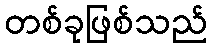
တစ်ခုဖြစ်သည်